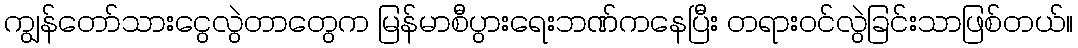
ကျွန်တော်သားငွေလွဲတာတွေက မြန်မာစီပွားရေးဘဏ်ကနေပြီး တရားဝင်လွဲခြင်းသာဖြစ်တယ်။